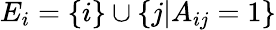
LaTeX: E_{i}=\{ i\} \cup\{ j|A_{ij}=1\}